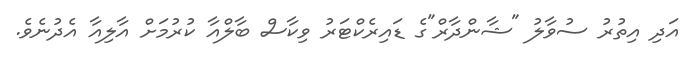
އަދި އިތުރު ސުވާލު "ޝާންދާރް"ގެ ޑައިރެކްޓަރު ވިކާސް ބާލްއާ ކުރުމަށް އާލިއާ އެދުނެވެ.